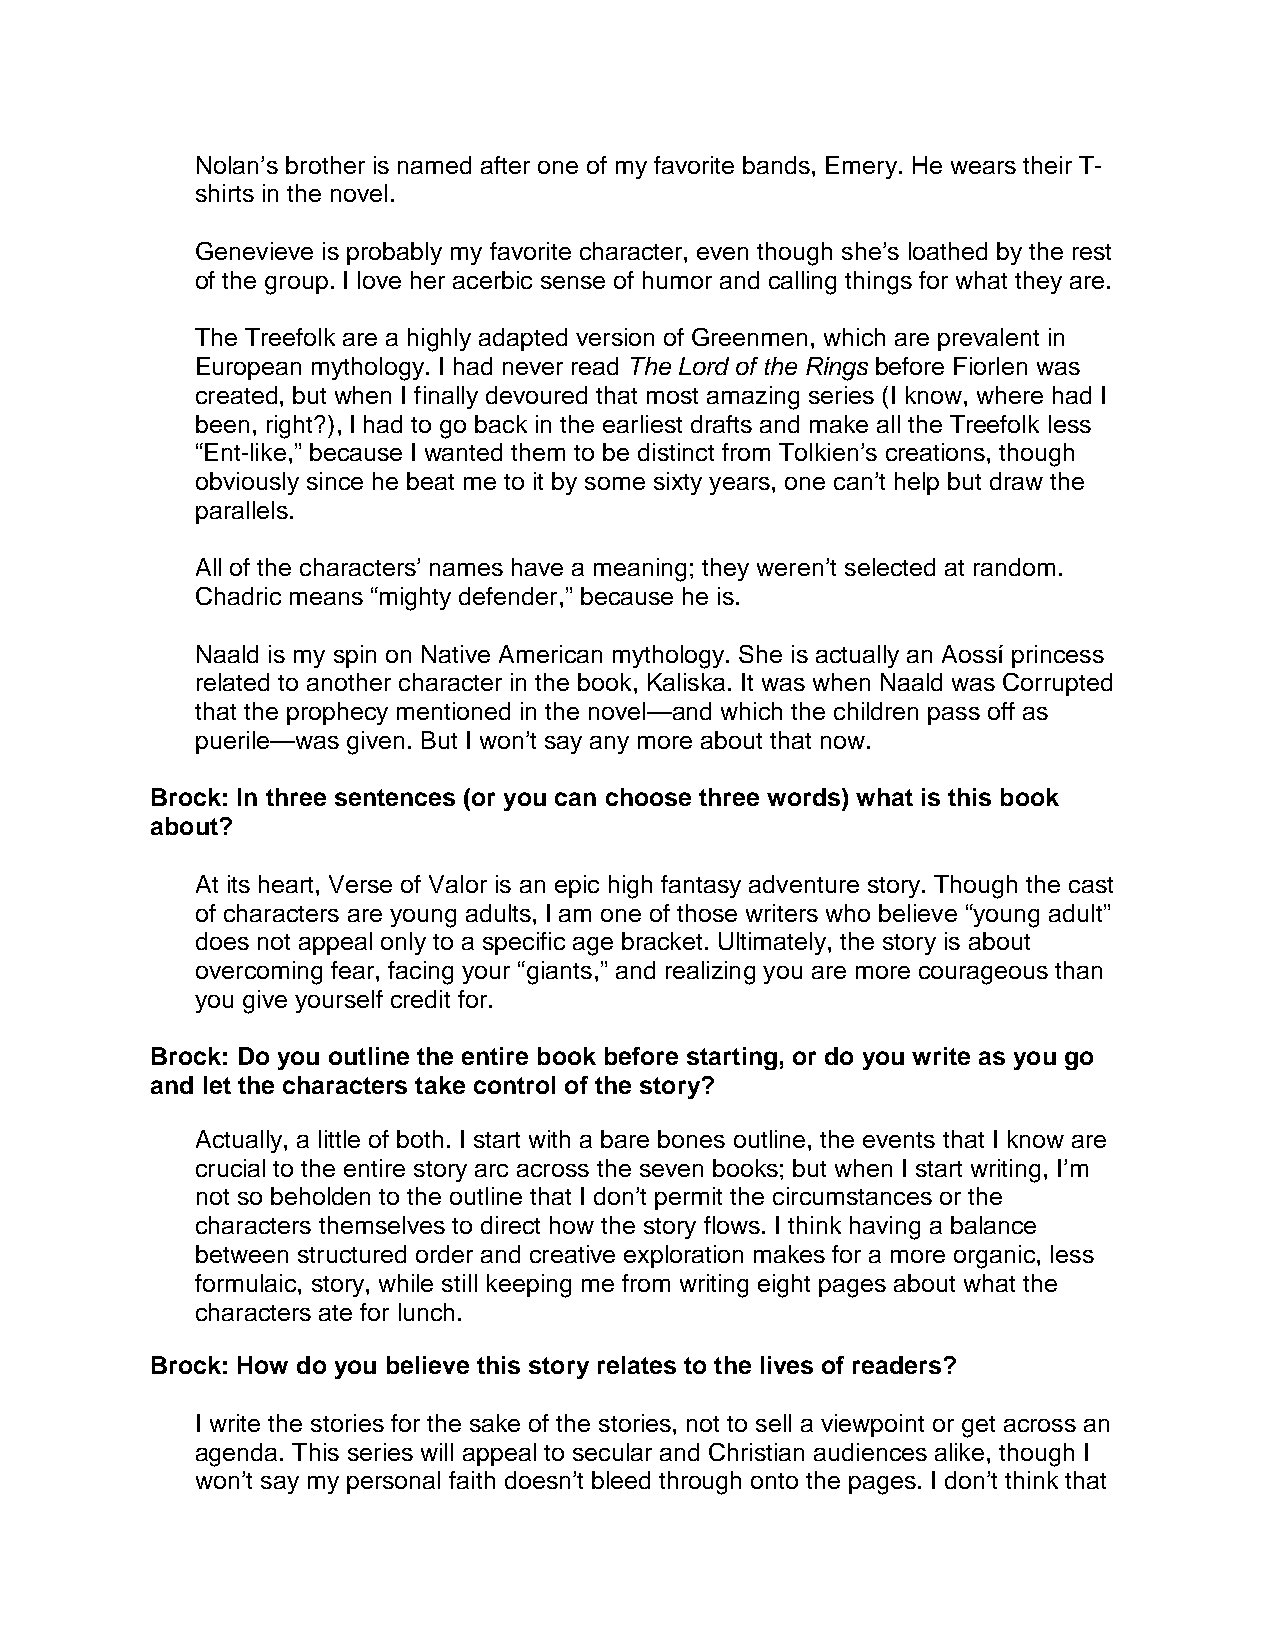
Nolan’s brother is named after one of my favorite bands, Emery. He wears their T-
 shirts in the novel.
 Genevieve is probably my favorite character, even though she’s loathed by the rest
 of the group. I love her acerbic sense of humor and calling things for what they are.
 The Treefolk are a highly adapted version of Greenmen, which are prevalent in
 European mythology. I had never read The Lord of the Rings before Fiorlen was
 created, but when I finally devoured that most amazing series (I know, where had I
 been, right?), I had to go back in the earliest drafts and make all the Treefolk less
 “Ent-like,” because I wanted them to be distinct from Tolkien’s creations, though
 obviously since he beat me to it by some sixty years, one can’t help but draw the
 parallels.
 All of the characters’ names have a meaning; they weren’t selected at random.
 Chadric means “mighty defender,” because he is.
 Naald is my spin on Native American mythology. She is actually an Aossí princess
 related to another character in the book, Kaliska. It was when Naald was Corrupted
 that the prophecy mentioned in the novel—and which the children pass off as
 puerile—was given. But I won’t say any more about that now.
 Brock: In three sentences (or you can choose three words) what is this book
 about?
 At its heart, Verse of Valor is an epic high fantasy adventure story. Though the cast
 of characters are young adults, I am one of those writers who believe “young adult”
 does not appeal only to a specific age bracket. Ultimately, the story is about
 overcoming fear, facing your “giants,” and realizing you are more courageous than
 you give yourself credit for.
 Brock: Do you outline the entire book before starting, or do you write as you go
 and let the characters take control of the story?
 Actually, a little of both. I start with a bare bones outline, the events that I know are
 crucial to the entire story arc across the seven books; but when I start writing, I’m
 not so beholden to the outline that I don’t permit the circumstances or the
 characters themselves to direct how the story flows. I think having a balance
 between structured order and creative exploration makes for a more organic, less
 formulaic, story, while still keeping me from writing eight pages about what the
 characters ate for lunch.
 Brock: How do you believe this story relates to the lives of readers?
 I write the stories for the sake of the stories, not to sell a viewpoint or get across an
 agenda. This series will appeal to secular and Christian audiences alike, though I
 won’t say my personal faith doesn’t bleed through onto the pages. I don’t think that